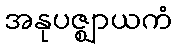
အနုပဇ္ဈာယကံ